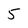
Character: 5